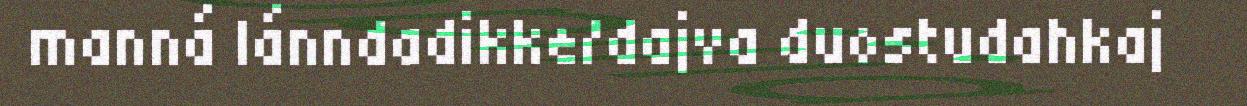
manná lánndadikke/dajva duostudahkaj